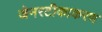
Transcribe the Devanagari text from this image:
जेनरटीकाकरण